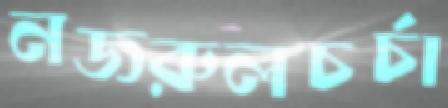
নজরুলচর্চা